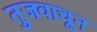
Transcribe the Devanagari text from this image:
तुजवाचून